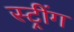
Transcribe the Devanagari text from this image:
स्ट्रींग